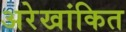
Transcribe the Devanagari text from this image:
अरेखांकित